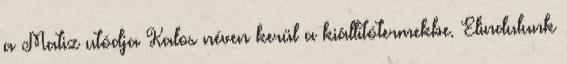
a Matiz utódja Kalos néven kerül a kiállítótermekbe. Elindulunk